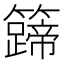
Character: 𬖀